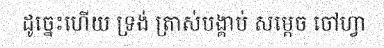
ដូច្នេះហើយ ទ្រង់ ត្រាស់បង្គាប់ សម្តេច ចៅហ្វា